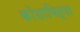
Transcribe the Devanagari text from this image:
कोशाविद्या